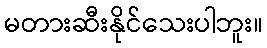
မတားဆီးနိုင်သေးပါဘူး။